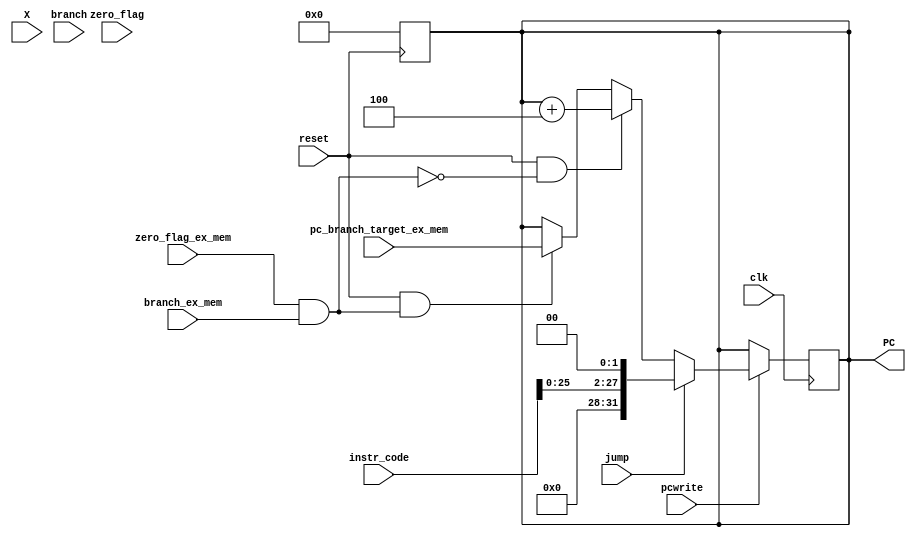
module PC_Value(output reg [31:0] PC ,
input branch ,
input branch_ex_mem,
input zero_flag_ex_mem,
input [31:0] pc_branch_target_ex_mem,
input zero_flag ,
input reset ,
input clk,
input [31:0]X,
input jump,
input [31:0]instr_code,
input pcwrite
    );
reg PCsrc;

always@(negedge reset)
begin
if(reset == 0)
PC = 0;
end

always@(posedge clk)
begin

if(pcwrite == 1'b0)
begin 
PC = PC;
end

else
begin
if (jump == 1'b1)
PC = {4'b0000,instr_code[25:0],2'b00};

else
begin
PCsrc = (zero_flag_ex_mem) & branch_ex_mem ; //basically flush signal
if(reset == 1'b1 && PCsrc == 1'b0)
PC = PC + 4;

else if(reset == 1 && PCsrc == 1'b1)
PC = pc_branch_target_ex_mem;
end
end

end
endmodule